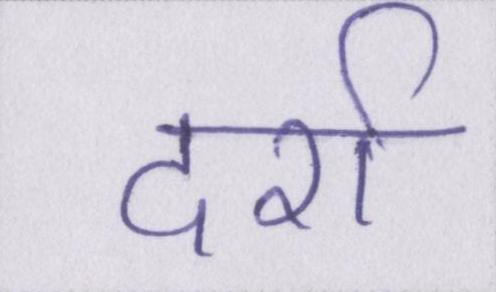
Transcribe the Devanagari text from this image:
दर्रा